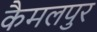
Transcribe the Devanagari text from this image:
कैमलपुर